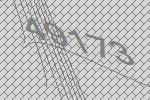
49173